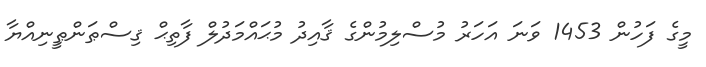
މީގެ ފަހުން 1453 ވަނަ އަހަރު މުސްލިމުންގެ ޤާއިދު މުޙައްމަދުލް ފާތިޙް ޤިސްޠަންޠީނިއްޔާ